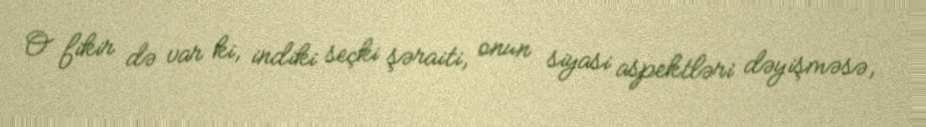
O fikir də var ki, indiki seçki şəraiti, onun siyasi aspektləri dəyişməsə,